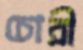
চোরী